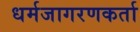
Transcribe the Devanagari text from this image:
धर्मजागरणकर्ता